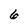
Character: 6